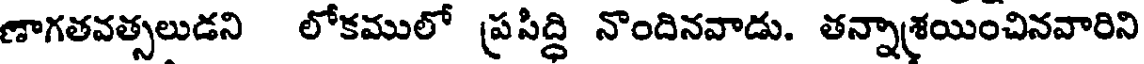
ణాగతవత్సలుడని లోకములో ప్రసిద్ధి నొందినవాడు. తన్నాశ్రయించినవారిని